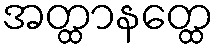
အတ္ထာနတ္ထေ